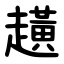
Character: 趪